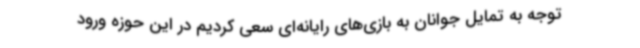
توجه به تمایل جوانان به بازی‌های رایانه‌ای سعی کردیم در این حوزه ورود